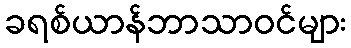
ခရစ်ယာန်ဘာသာဝင်များ